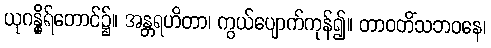
ယုဂန္ဓိုရ်တောင်၌။ အန္တရဟိတာ၊ ကွယ်ပျောက်ကုန်၍။ တာဝတိံသဘဝနေ၊